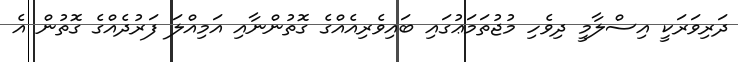
ދަރިވަރަކީ އިސްލާމީ ދިވެހި މުޖުތަމަޢުގައި ބައިވެރިއެއްގެ ގޮތުންނާއި އަމިއްލަ ފަރުދެއްގެ ގޮތުން އެ